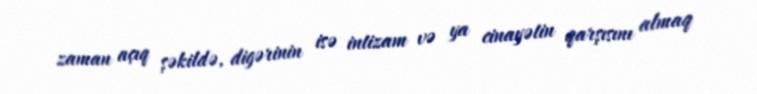
zaman açıq şəkildə, digərinin isə intizam və ya cinayətin qarşısını almaq